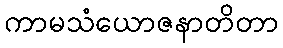
ကာမသံယောဇနာတိတာ